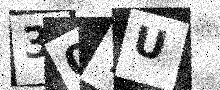
Text: 30YU